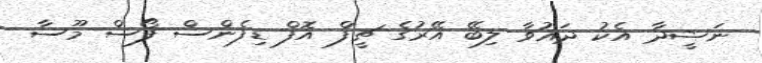
ނަޝީދާ އެކު ދައުވާ ލިބޭ އޭރުގެ ޗީފް އޮފް ޑިފެންސް ފޯސް މޫސާ